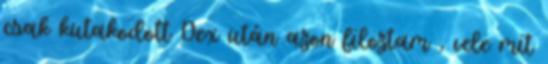
csak kutakodott Dex után azon filoztam , vele mit